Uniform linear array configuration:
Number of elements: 4
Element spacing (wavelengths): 0.5
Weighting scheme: binomial
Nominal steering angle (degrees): -60
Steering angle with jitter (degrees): -60.753
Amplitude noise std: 0.05
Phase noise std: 0.05

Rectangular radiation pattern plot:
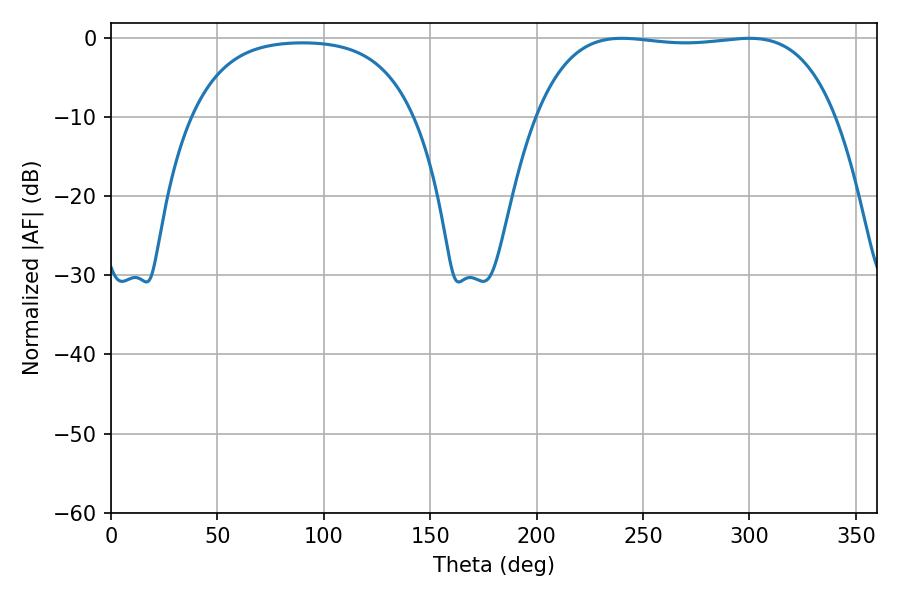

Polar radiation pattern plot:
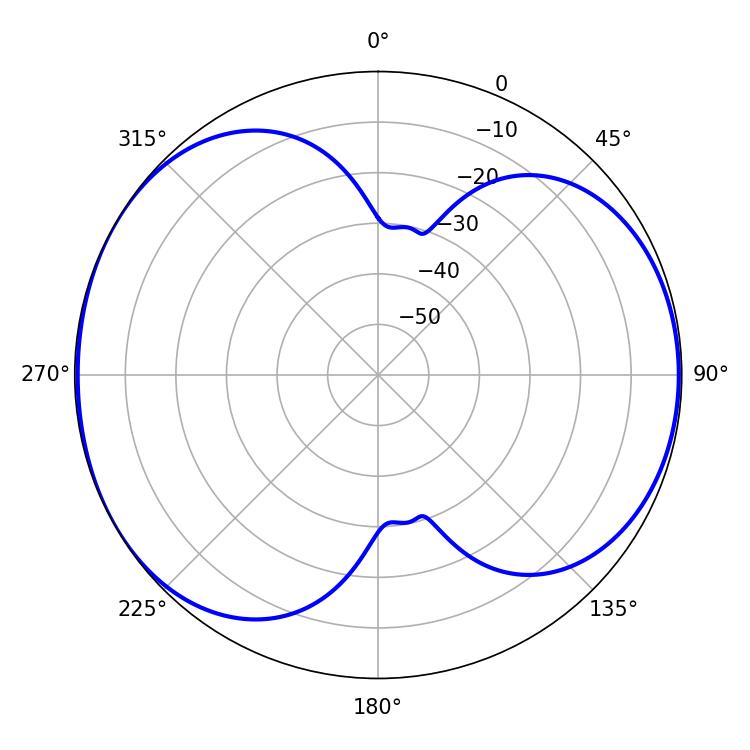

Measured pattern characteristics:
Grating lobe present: FALSE
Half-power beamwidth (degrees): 111.24
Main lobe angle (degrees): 240.12